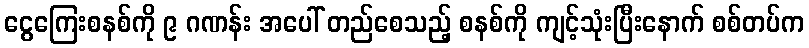
ငွေကြေးစနစ်ကို ၉ ဂဏန်း အပေါ် တည်စေသည့် စနစ်ကို ကျင့်သုံးပြီးနောက် စစ်တပ်က